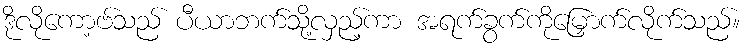
ဒိုလိုကော့ဗ်သည် ပီယာဘက်သို့လှည့်ကာ အရက်ခွက်ကိုမြှောက်လိုက်သည်။